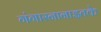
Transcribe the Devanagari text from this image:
गंगास्नानाइतके